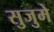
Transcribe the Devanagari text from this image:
सुजुमे